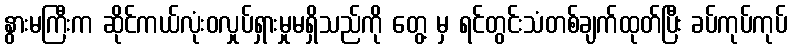
နွားမကြီးက ဆိုင်ကယ်လုံးဝလှုပ်ရှားမှုမရှိသည်ကို တွေ့ မှ ရင်တွင်းသံတစ်ချက်ထုတ်ပြီး ခပ်ကုပ်ကုပ်